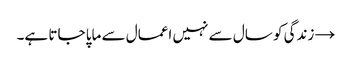
→	زندگی کو سال سے نہیں اعمال سے ماپا جاتا ہے۔